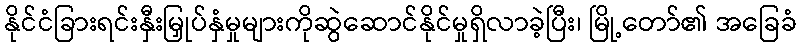
နိုင်ငံခြားရင်းနှီးမြှုပ်နှံမှုများကိုဆွဲဆောင်နိုင်မှုရှိလာခဲ့ပြီး၊ မြို့တော်၏ အခြေခံ